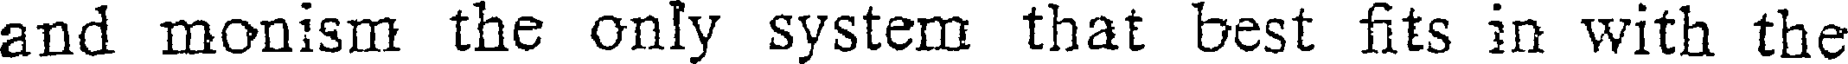
and monism the only system that best fits in with the